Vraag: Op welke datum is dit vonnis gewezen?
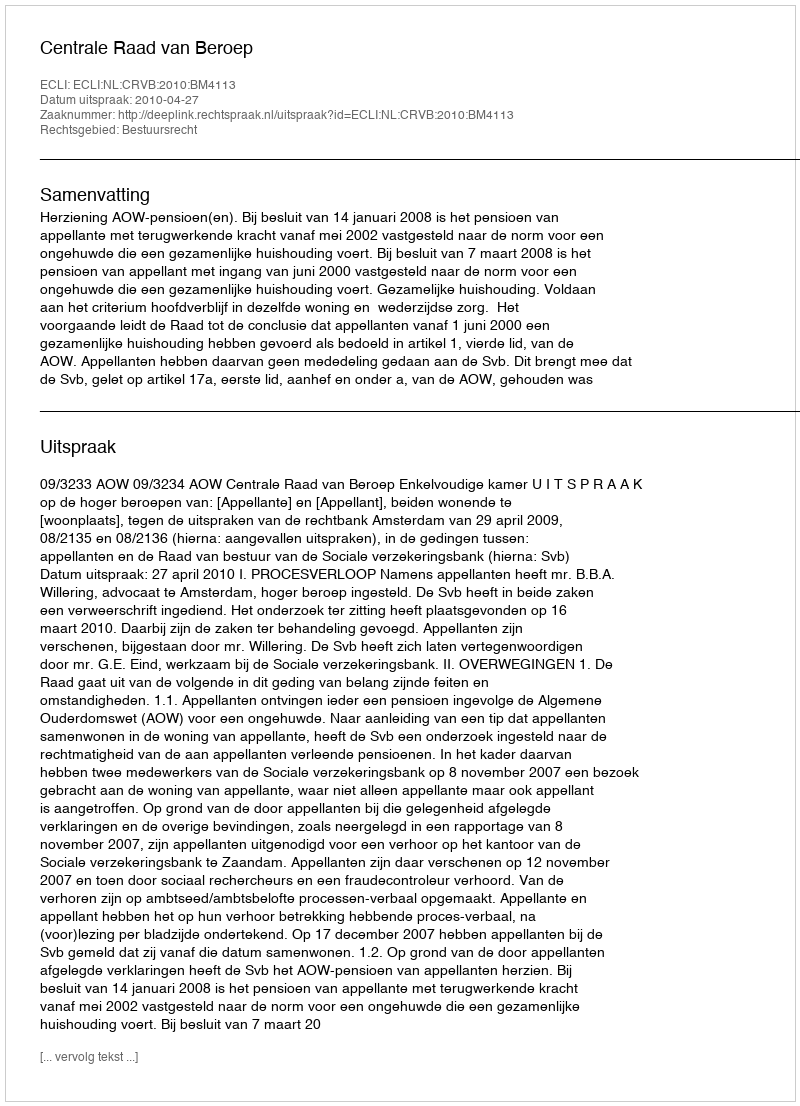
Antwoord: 2010-04-27